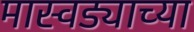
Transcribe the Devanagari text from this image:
मास्वड्याच्या